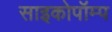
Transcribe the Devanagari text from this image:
साइकोपॉम्प